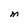
Character: M